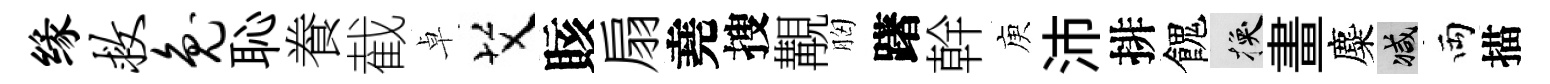
缘救兔恥飬截卓艾賅扇堯搜覯胸躇幹庾沛排餽换畫麋减両描